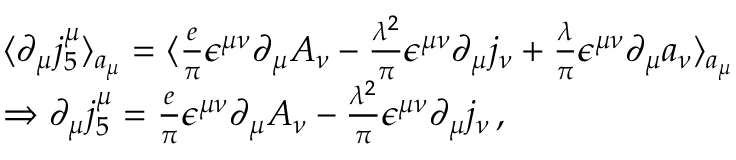
\begin{array} { r l } & { \langle \partial _ { \mu } j _ { 5 } ^ { \mu } \rangle _ { a _ { \mu } } = \langle \frac { e } { \pi } \epsilon ^ { \mu \nu } \partial _ { \mu } A _ { \nu } - \frac { \lambda ^ { 2 } } { \pi } \epsilon ^ { \mu \nu } \partial _ { \mu } j _ { \nu } + \frac { \lambda } { \pi } \epsilon ^ { \mu \nu } \partial _ { \mu } a _ { \nu } \rangle _ { a _ { \mu } } } \\ & { \Rightarrow \partial _ { \mu } j _ { 5 } ^ { \mu } = \frac { e } { \pi } \epsilon ^ { \mu \nu } \partial _ { \mu } A _ { \nu } - \frac { \lambda ^ { 2 } } { \pi } \epsilon ^ { \mu \nu } \partial _ { \mu } j _ { \nu } \, , } \end{array}